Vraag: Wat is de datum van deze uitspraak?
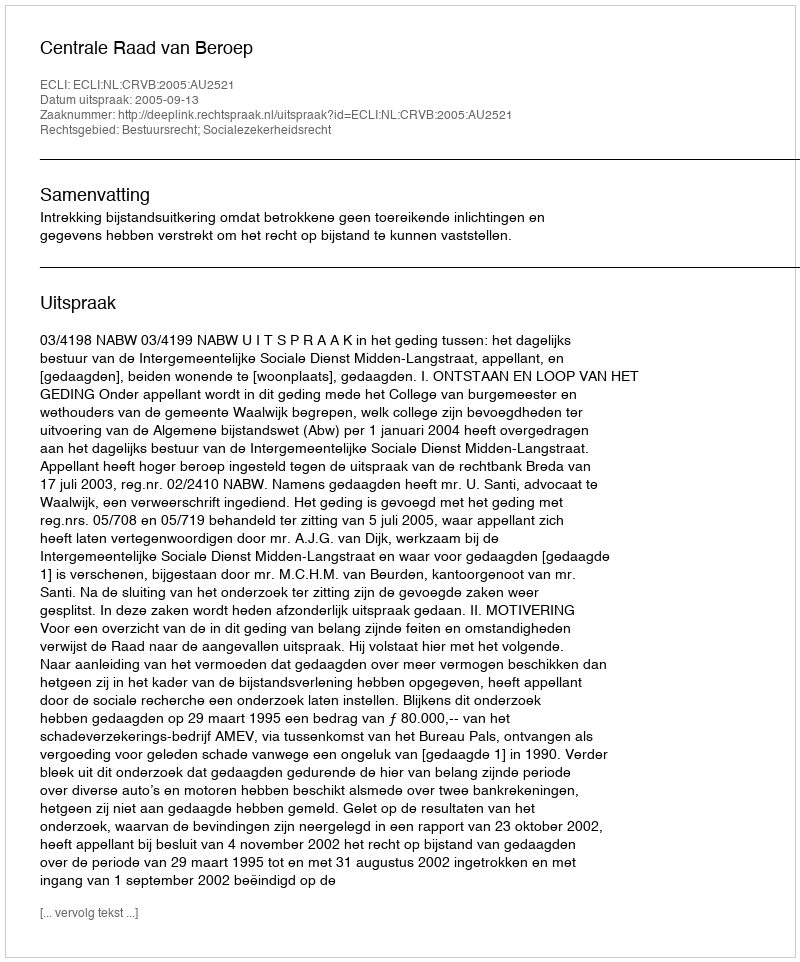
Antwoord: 2005-09-13